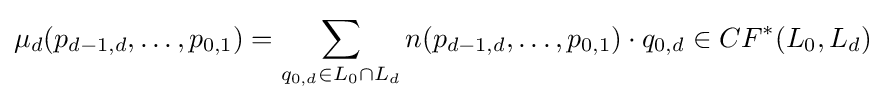
\mu _{d}(p_{d-1,d},\ldots ,p_{0,1})=\sum _{q_{0,d}\in L_{0}\cap L_{d}}n(p_{d-1,d},\ldots ,p_{0,1})\cdot q_{0,d}\in CF^{*}(L_{0},L_{d})